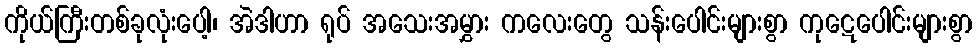
ကိုယ်ကြီးတစ်ခုလုံးပေါ့၊ အဲဒါဟာ ရုပ် အသေးအမွှား ကလေးတွေ သန်းပေါင်းများစွာ ကုဋေပေါင်းများစွာ